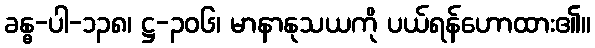
ခန္ဓ-ပါ-၁၃၈၊ ဋ္ဌ-၃၀၆၊ မာနာနုသယကို ပယ်ရန်ဟောထား၏။